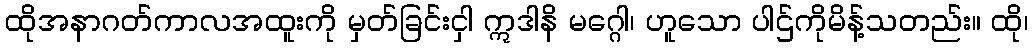
ထိုအနာဂတ်ကာလအထူးကို မှတ်ခြင်းငှါ ဣဒါနိ မဂ္ဂေါ၊ ဟူသော ပါဌ်ကိုမိန့်သတည်း။ ထို၊